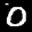
Label: 0